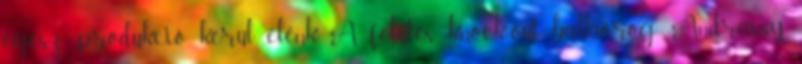
egész produkció kerül elénk. A felütés knock-out balhorog: Andrássy